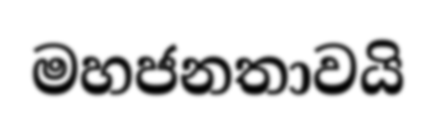
මහජනතාවයි